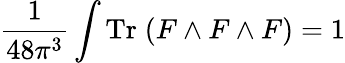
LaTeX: \frac{1}{48\pi^{3}}\int\mathrm{Tr}\; (F\wedge F\wedge F)=1